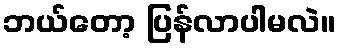
ဘယ်တော့ ပြန်လာပါမလဲ။